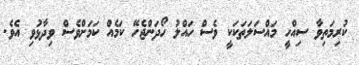
ކުރިމަތިވާ ސިއްހީ މައްސަލަތަކަކީ ވެސް ހައްލު ހޯދަންޖެހޭ ކަމެއް ކަމަށްވެސް ވިދާޅުވި އެވެ.